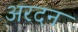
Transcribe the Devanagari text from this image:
अरदन